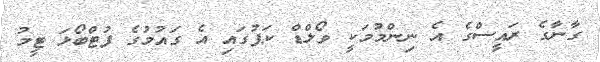
ގާނާގެ ރައީސްގެ އެ ނިންމުމަކީ ވޯލްޑް ކަޕުގައި އެ ގައުމުގެ ފުޓްބޯޅަ ޓީމު